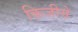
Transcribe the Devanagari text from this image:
किजीये